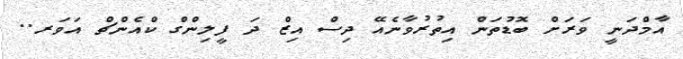
އާމްދަނީ ވަރަށް ބޮޑުތަން އިތުރުވާނެއޭ ދިސް އިޒް ދަ ފީލިންގް ކްއެންޗް އަވަރ..